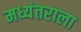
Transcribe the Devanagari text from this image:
मध्यंतराला